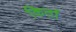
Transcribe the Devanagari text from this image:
किर्ता